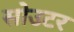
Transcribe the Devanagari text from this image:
सोउटर